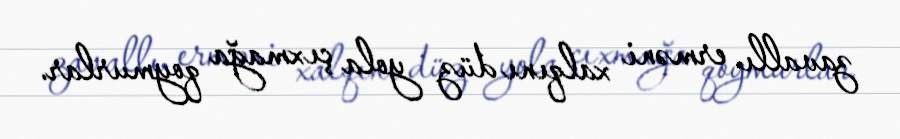
zavallı erməni xalqını düz yola çıxmağa qoymurlar.